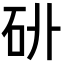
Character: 𥐫